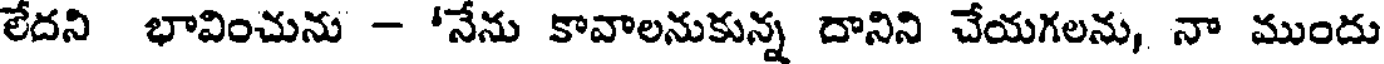
లేదని భావించును - 'నేను కావాలనుకున్న దానిని చేయగలను, నా ముందు